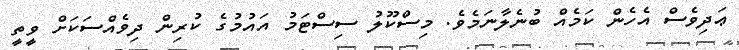
ޢަދިވެސް އެހެން ކަމެއް ބުނެލާނަމެވެ. މިސްކޫލު ސިސްޓަމު އައުމުގެ ކުރިން ދިވެއްސަކަށް ވީތީ